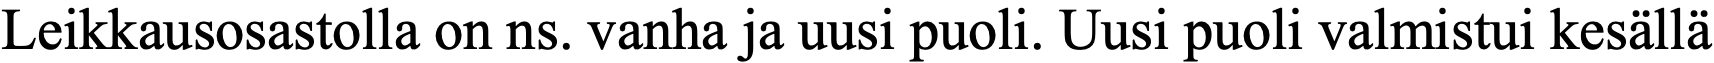
Leikkausosastolla on ns. vanha ja uusi puoli. Uusi puoli valmistui kesällä